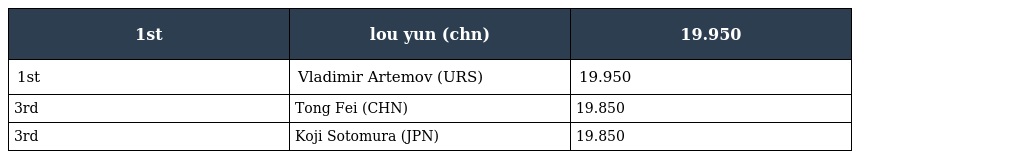
| 1st | lou yun (chn) | 19.950 |
 | --- | --- | --- |
 | 1st | Vladimir Artemov (URS) | 19.950 |
 | 3rd | Tong Fei (CHN) | 19.850 |
 | 3rd | Koji Sotomura (JPN) | 19.850 |